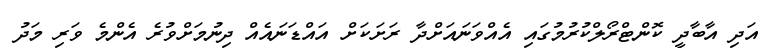
އަދި އާބާދީ ކޮންޓްރޯލްކުރުމުގައި އެއްވަނައަށްދާ ރަށަކަށް އައްޑަނައެއް ދިނުމަށްވުރެ އެންމެ ވަރި މަދު